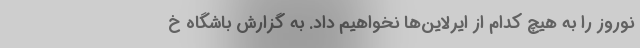
نوروز را به هیچ کدام از ایرلاین‌ها نخواهیم داد. به گزارش باشگاه خ